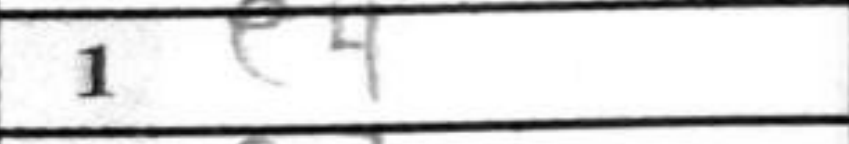
Transcription: e4